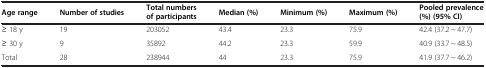
| Age range | Number of studies | Total numbers of participants | Median (%) | Minimum (%) | Maximum (%) | Pooled prevalence (%) (95% CI) |
 | --- | --- | --- | --- | --- | --- | --- |
 | ≥ 18 y | 19 | 203052 | 43.4 | 23.3 | 75.9 | 42.4 (37.2 ~ 47.7) |
 | ≥ 30 y | 9 | 35892 | 44.2 | 23.3 | 59.9 | 40.9 (33.7 ~ 48.5) |
 | Total | 28 | 238944 | 44 | 23.3 | 75.9 | 41.9 (37.7 ~ 46.2) |